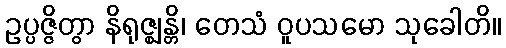
ဥပ္ပဇ္ဇိတွာ နိရုဇ္ဈန္တိ၊ တေသံ ဝူပသမော သုခေါတိ။